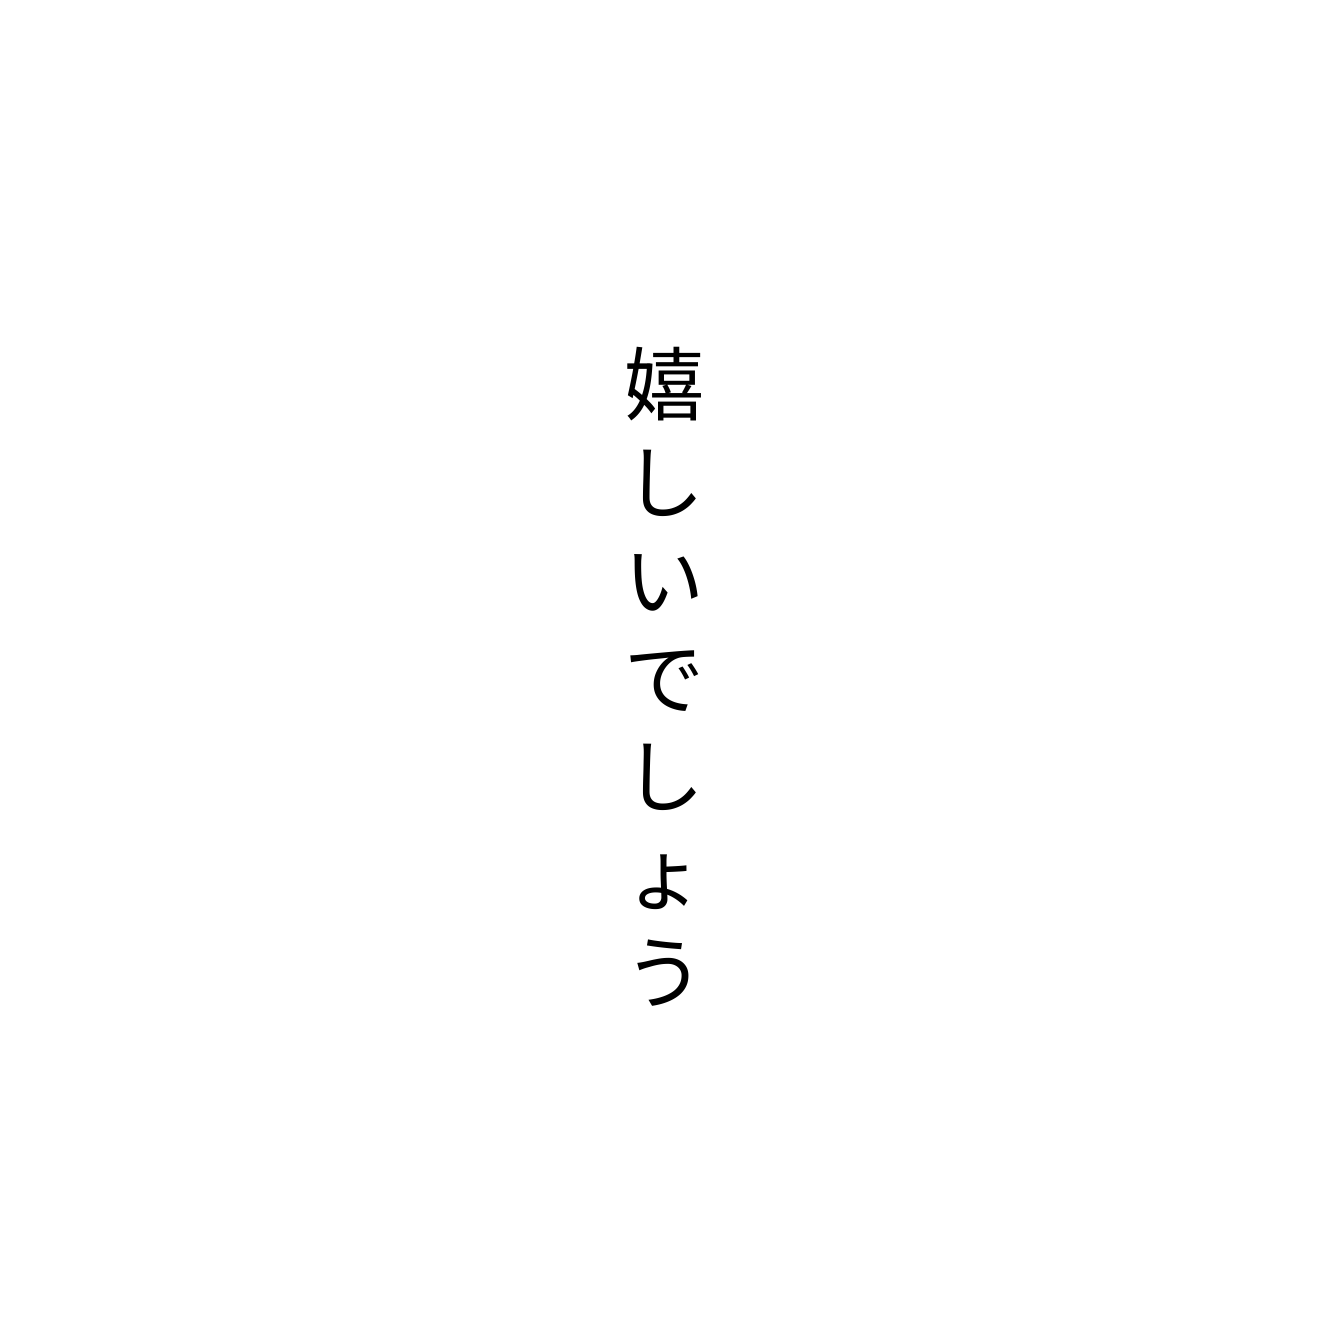
嬉しいでしょう